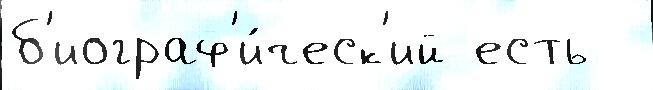
б'иограф'и́ческ'ий есть